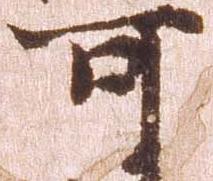
可